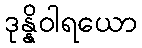
ဒုန္နိဝါရယော